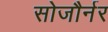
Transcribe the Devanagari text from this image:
सोजौर्नर